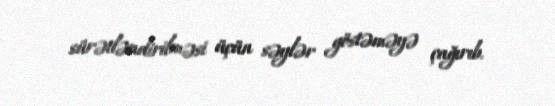
sürətləndirilməsi üçün səylər göstəməyə çağırıb.